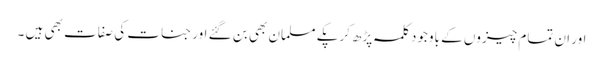
اور ان تمام چیزوں کے باوجود کلمہ پڑھ کرپکے مسلمان بھی بن گئے اور جنات کی صفات بھی ہیں ۔